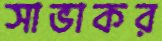
সাভাকর